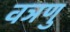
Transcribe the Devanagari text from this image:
वञणु